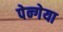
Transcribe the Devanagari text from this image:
पेन्गेया